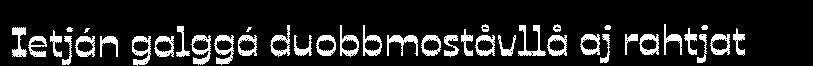
Ietján galggá duobbmoståvllå aj rahtjat